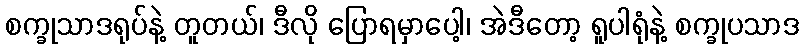
စက္ခုသာဒရုပ်နဲ့ တူတယ်၊ ဒီလို ပြောရမှာပေါ့၊ အဲဒီတော့ ရူပါရုံနဲ့ စက္ခုပသာဒ